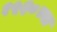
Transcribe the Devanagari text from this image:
१५३०च्या